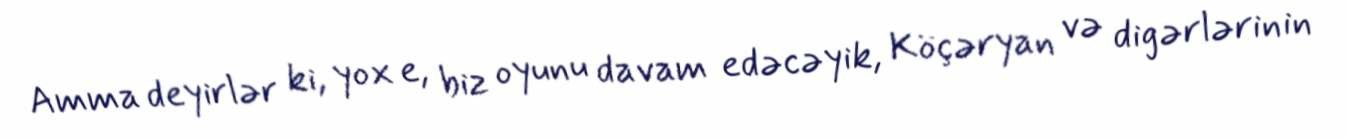
Amma deyirlər ki, yox e, biz oyunu davam edəcəyik, Köçəryan və digərlərinin